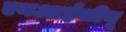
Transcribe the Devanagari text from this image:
एनआईसीयू